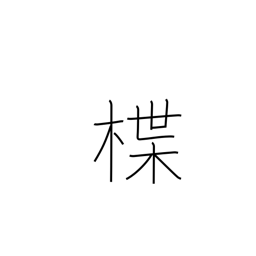
Meaning: lacquered dish